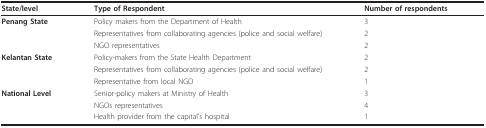
| State/level | Type of Respondent | Number of respondents |
 | --- | --- | --- |
 | Penang State | Policy makers from the Department of Health | 3 |
 |  | Representatives from collaborating agencies (police and social welfare) | 2 |
 |  | NGO representatives | 2 |
 | Kelantan State | Policy-makers from the State Health Department | 2 |
 |  | Representatives from collaborating agencies (police and social welfare) | 2 |
 |  | Representative from local NGO | 1 |
 | National Level | Senior-policy makers at Ministry of Health | 3 |
 |  | NGOs representatives | 4 |
 |  | Health provider from the capital's hospital | 1 |